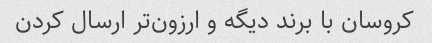
کروسان با برند دیگه و ارزون‌تر ارسال کردن